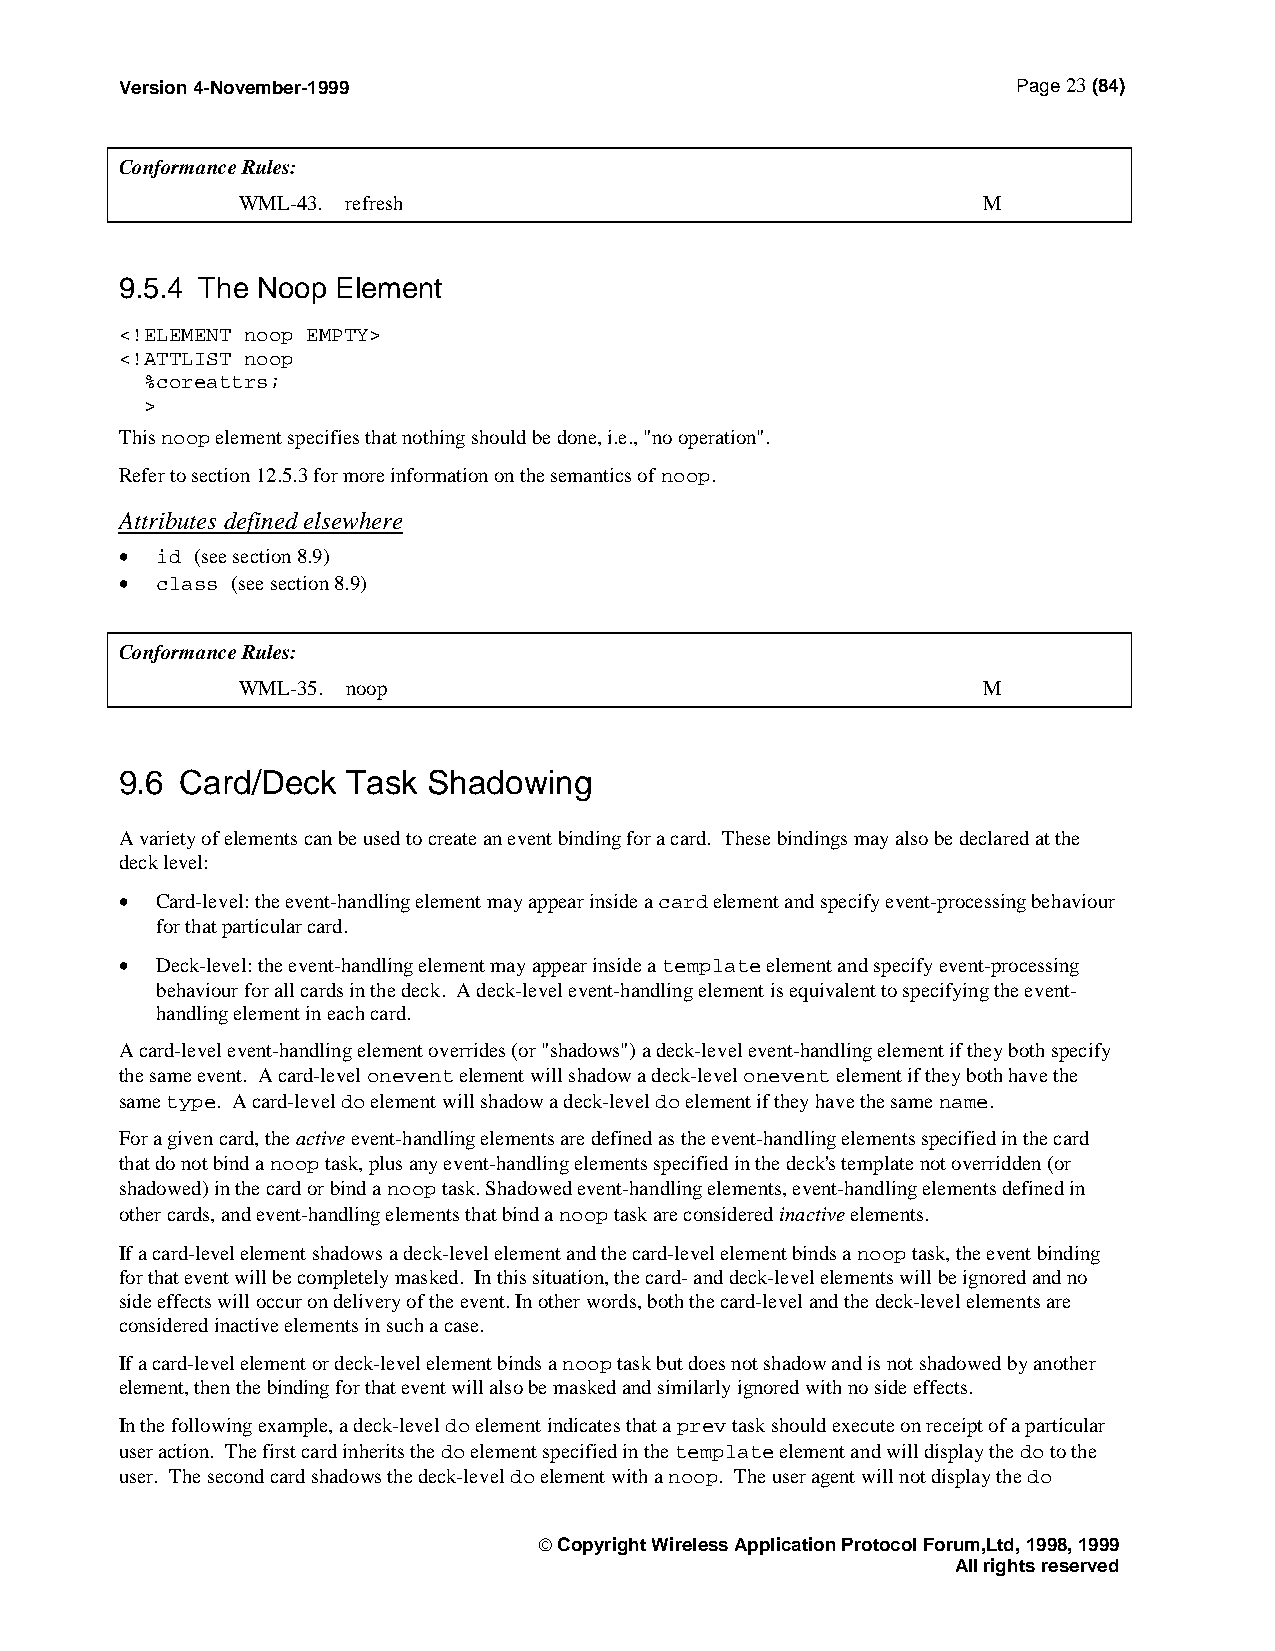
Version 4-November-1999                                    Page 23 (84)
 Conformance Rules:
 WML-43. refresh                                  M
 9.5.4 The Noop Element
 <!ELEMENT noop EMPTY>
 <!ATTLIST noop
 %coreattrs;
 >
 This noop element specifies that nothing should be done, i.e., "no operation".
 Refer to section 12.5.3 for more information on the semantics of noop.
 Attributes defined elsewhere
 • id (see section 8.9)
 • class (see section 8.9)
 Conformance Rules:
 WML-35. noop                                     M
 9.6 Card/Deck  Task Shadowing
 A variety of elements can be used to create an event binding for a card. These bindings may also be declared at the
 deck level:
 • Card-level: the event-handling element may appear inside a card element and specify event-processing behaviour
 for that particular card.
 • Deck-level: the event-handling element may appear inside a template element and specify event-processing
 behaviour for all cards in the deck. A deck-level event-handling element is equivalent to specifying the event-
 handling element in each card.
 A card-level event-handling element overrides (or "shadows") a deck-level event-handling element if they both specify
 the same event. A card-level onevent element will shadow a deck-level onevent element if they both have the
 same type. A card-level do element will shadow a deck-level do element if they have the same name.
 For a given card, the active event-handling elements are defined as the event-handling elements specified in the card
 that do not bind a noop task, plus any event-handling elements specified in the deck's template not overridden (or
 shadowed) in the card or bind a noop task. Shadowed event-handling elements, event-handling elements defined in
 other cards, and event-handling elements that bind a noop task are considered inactive elements.
 If a card-level element shadows a deck-level element and the card-level element binds a noop task, the event binding
 for that event will be completely masked. In this situation, the card- and deck-level elements will be ignored and no
 side effects will occur on delivery of the event. In other words, both the card-level and the deck-level elements are
 considered inactive elements in such a case.
 If a card-level element or deck-level element binds a noop task but does not shadow and is not shadowed by another
 element, then the binding for that event will also be masked and similarly ignored with no side effects.
 In the following example, a deck-level do element indicates that a prev task should execute on receipt of a particular
 user action. The first card inherits the do element specified in the template element and will display the do to the
 user. The second card shadows the deck-level do element with a noop. The user agent will not display the do
  Copyright Wireless Application Protocol Forum,Ltd, 1998, 1999
 All rights reserved